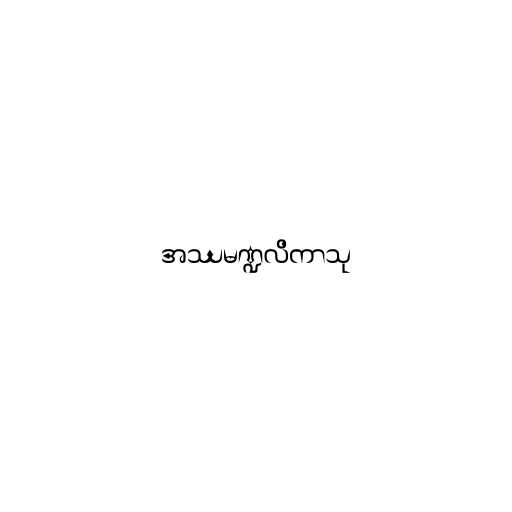
အဿမဏ္ဍလိကာသု